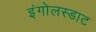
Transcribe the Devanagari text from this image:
इंगोलस्डाट